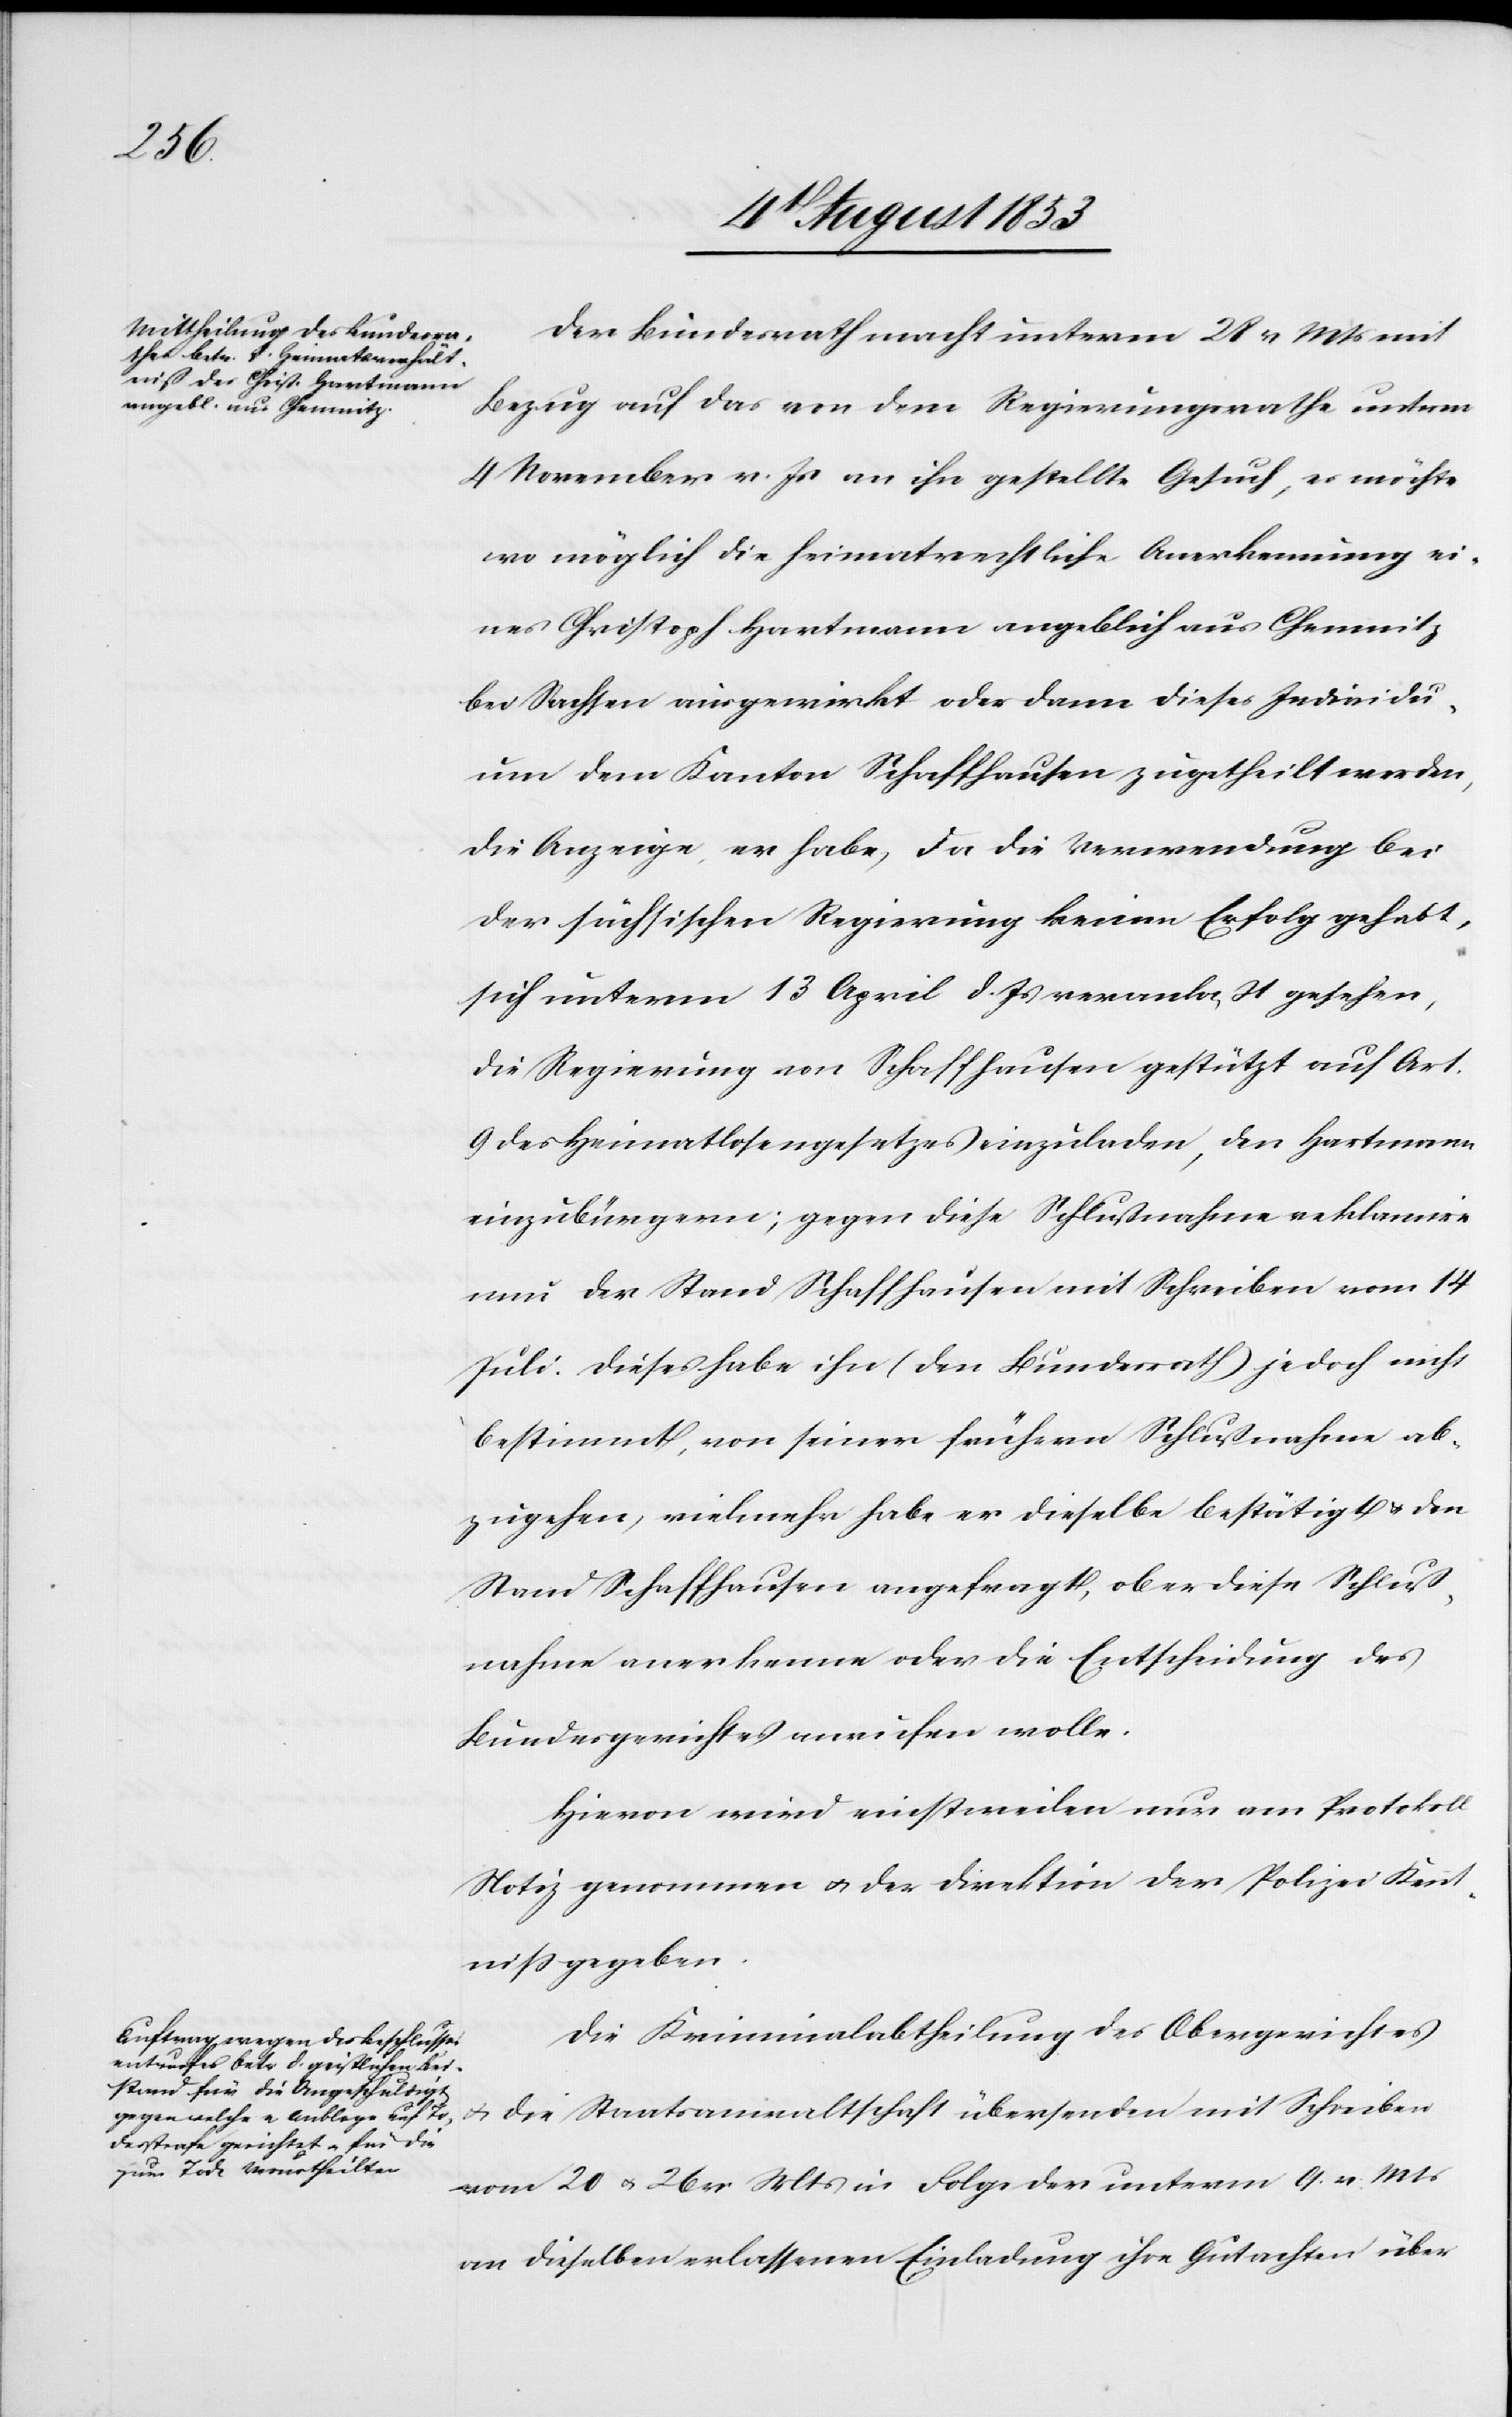
Der Bundesrath macht unterm 28 v. Mts. mit
Bezug auf das von dem Regierungsrathe unterm
4 November v. Js. an ihn gestellte Gesuch, es möchte
wo möglich die heimatrechtliche Anerkennung ei¬
nes Christoph Hartmann angeblich aus Chemnitz
bei Sachsen ausgewirkt oder dann dieses Individu¬
um dem Kanton Schaffhausen zugetheilt werden,
die Anzeige, er habe, da die Verwendung bei
der sächsischen Regierung keinen Erfolg gehabt,
sich unterm 13 April d. Js. veranlaßt gesehen,
die Regierung von Schaffhausen gestützt auf Art.
9 des Heimatlosengesetzes einzuladen, den Hartmann
einzubürgern; gegen diese Schlußnahme reklamire
nun der Stand Schaffhausen mit Schreiben vom 14
Juli. Dieses habe ihn (den Bundesrath) jedoch nicht
bestimmt, von seiner frühern Schlußnahme ab¬
zugehen, vielmehr habe er dieselbe bestätigt u. den
Stand Schaffhausen angefragt, ob er diese Schluß¬
nahme anerkenne oder die Entscheidung des
Bundesgerichtes anrufen wolle.
Hievon wird einstweilen nur am Protokoll
Notiz genommen u. der Direktion der Polizei Kennt¬
niß gegeben.
Die Kriminalabtheilung des Obergerichtes
u. die Staatsanwaltschaft übersenden mit Schreiben
vom 20–26 v. Mts. in Folge der unterm 9 v. Mts.
an dieselben erlassenen Einladung ihre Gutachten über